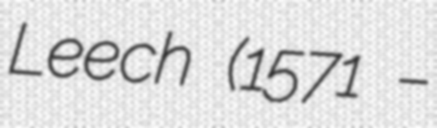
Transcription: Leech (1571 –